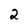
Character: 2